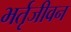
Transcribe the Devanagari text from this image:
भर्तृजीवन